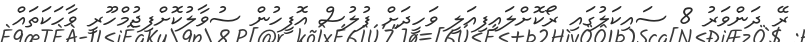
ރޭ ދަންވަރު 8 ސައިކަލުގައި ރޯކޮށްލައިފިއަލީ ވަހީދަށް ފުލުސް އޮފީހުން ސުވާލުކޮށްފިޖުމްހޫރީ ވާހަކަތައް